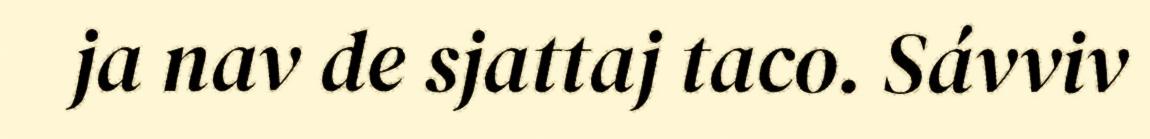
ja nav de sjattaj taco. Sávviv